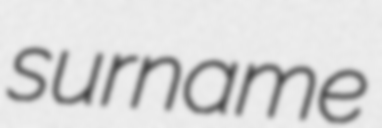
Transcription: surname